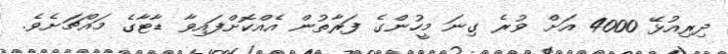
ދިރިއުޅޭ 4000 އަށް ވުރެ ގިނަ މީހުންގެ ފަރާތުން އެއްކޮށްފައިވާ ޑާޓާގެ މައްޗަށެވެ.